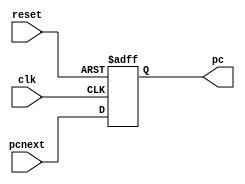
module pcreg #(parameter DW = 32)
(
input clk, reset,
output reg [DW-1:0] pc,
input [DW-1:0] pcnext
);

always @(posedge clk, posedge reset)
begin 
	if (reset) pc <= 32'h0000_0000;
	else pc <= pcnext;
end
endmodule